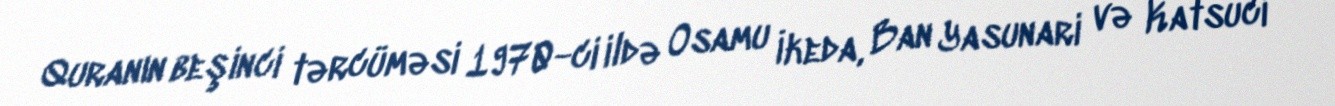
Quranın beşinci tərcüməsi 1970-ci ildə Osamu İkeda, Ban Yasunari və Katsuci